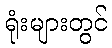
ရုံးများတွင်